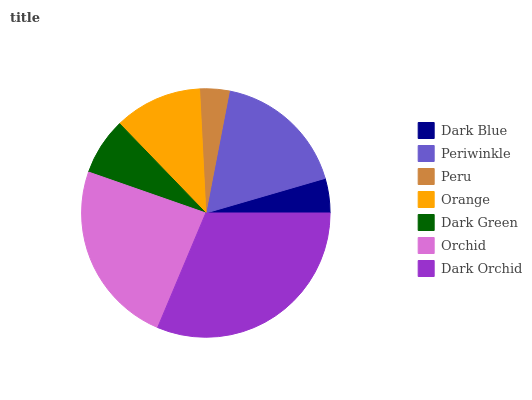
| Dark Blue | Periwinkle | Peru | Orange | Dark Green | Orchid | Dark Orchid |
 | --- | --- | --- | --- | --- | --- | --- |
 | 4.49% | 17.5% | 3.83% | 11.4% | 7.43% | 24% | 31.3% |